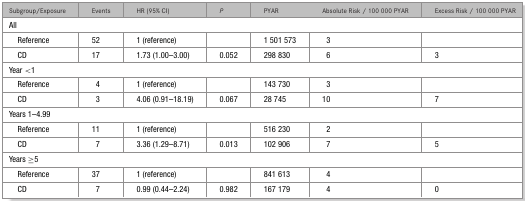
<table><thead><tr><td><b>Subgroup/Exposure</b></td><td><b>Events</b></td><td><b>HR (95% CI)</b></td><td><b><i>P</i></b></td><td><b>PYAR</b></td><td><b>Absolute Risk / 100 000 PYAR</b></td><td><b>Excess Risk / 100 000 PYAR</b></td></tr></thead><tbody><tr><td colspan="7">All</td></tr><tr><td> Reference</td><td>52</td><td>1 (reference)</td><td></td><td>1 501 573</td><td>3</td><td></td></tr><tr><td> CD</td><td>17</td><td>1.73 (1.00–3.00)</td><td>0.052</td><td>298 830</td><td>6</td><td>3</td></tr><tr><td colspan="7">Year &lt;1</td></tr><tr><td> Reference</td><td>4</td><td>1 (reference)</td><td></td><td>143 730</td><td>3</td><td></td></tr><tr><td> CD</td><td>3</td><td>4.06 (0.91–18.19)</td><td>0.067</td><td>28 745</td><td>10</td><td>7</td></tr><tr><td colspan="7">Years 1–4.99</td></tr><tr><td> Reference</td><td>11</td><td>1 (reference)</td><td></td><td>516 230</td><td>2</td><td></td></tr><tr><td> CD</td><td>7</td><td>3.36 (1.29–8.71)</td><td>0.013</td><td>102 906</td><td>7</td><td>5</td></tr><tr><td colspan="7">Years ≥5</td></tr><tr><td> Reference</td><td>37</td><td>1 (reference)</td><td></td><td>841 613</td><td>4</td><td></td></tr><tr><td> CD</td><td>7</td><td>0.99 (0.44–2.24)</td><td>0.982</td><td>167 179</td><td>4</td><td>0</td></tr></tbody></table>